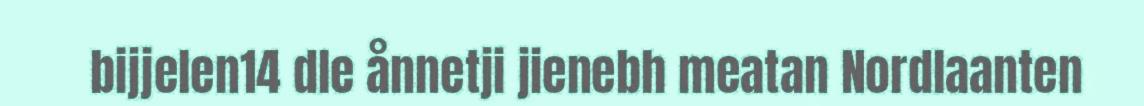
bijjelen14 dle ånnetji jienebh meatan Nordlaanten